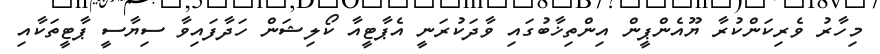
މިހާރު ވެރިކަންކުރާ ޔޫއެންޕީން އިންތިޚާބުގައި ވާދަކުރަނީ އެޕާޓީއާ ކޯލިޝަން ހަދާފައިވާ ސިޔާސީ ޕާޓީތަކާއި